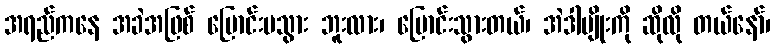
အရည်ကနေ အခဲအဖြစ် ပြောင်းမသွား ဘူးလား၊ ပြောင်းသွားတယ်၊ အဲဒါမျိုးကို ဆိုလို တယ်နော်၊